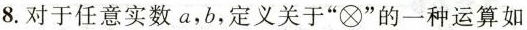
8.对于任意实数a，b，定义关于”\otimes ”的一种运算如